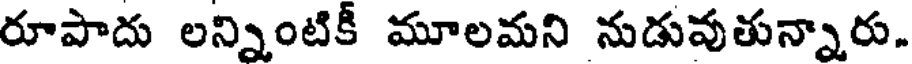
రూపాదు లన్నింటికీ మూలమని నుడువుతున్నారు.